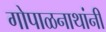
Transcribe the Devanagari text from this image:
गोपाळनाथांनी